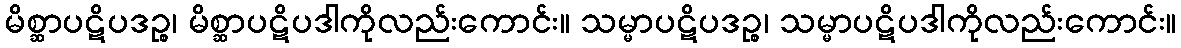
မိစ္ဆာပဋိပဒဉ္စ၊ မိစ္ဆာပဋိပဒါကိုလည်းကောင်း။ သမ္မာပဋိပဒဉ္စ၊ သမ္မာပဋိပဒါကိုလည်းကောင်း။